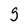
Character: g